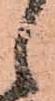
候